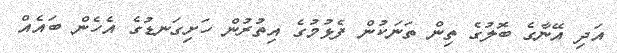
އަދި އޭނާގެ ބޮލުގެ ތިން ތަނަކުން ފެޅުމުގެ އިތުރުން ހަށިގަނޑުގެ އެހެން ބައެއް